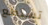
تستطع